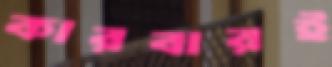
কারবারই